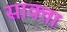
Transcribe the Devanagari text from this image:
साक्ता